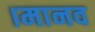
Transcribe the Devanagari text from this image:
।मानव